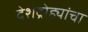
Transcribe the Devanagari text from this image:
देशद्रोह्यांचा